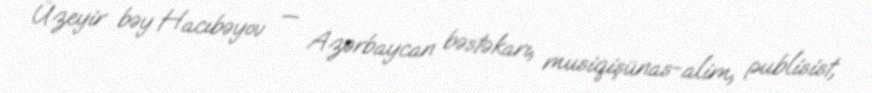
Üzeyir bəy Hacıbəyov — Azərbaycan bəstəkarı, musiqişünas-alim, publisist,